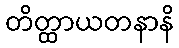
တိတ္ထာယတနာနိ